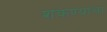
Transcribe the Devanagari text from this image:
शकण्याचा